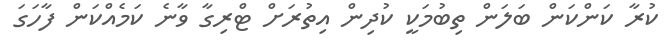
ކުރާ ކަންކަން ބަލަން ތިބުމަކީ ކުދިން އިތުރަށް ޓްރިގާ ވާނެ ކަމެއްކަން ފާހަގަ